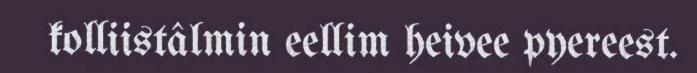
kolliistâlmin eellim heivee pyereest.